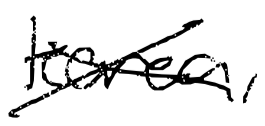
Text: Korea,
Cross-out: cross
Writing tool: digital_black